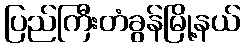
ပြည်ကြီးတံခွန်မြို့နယ်